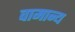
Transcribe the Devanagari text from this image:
वामान्य